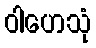
ဝါဟေသုံ